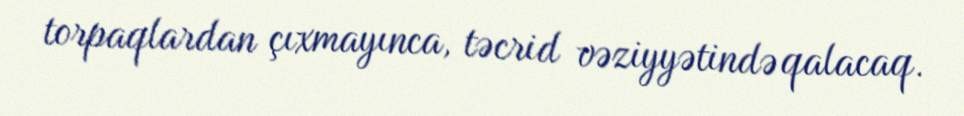
torpaqlardan çıxmayınca, təcrid vəziyyətində qalacaq.